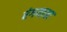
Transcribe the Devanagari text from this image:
रंगयात्रा